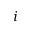
i